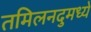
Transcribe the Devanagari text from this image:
तमिलनदुमध्ये